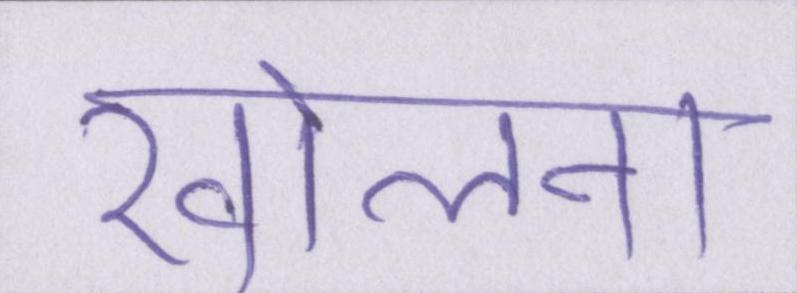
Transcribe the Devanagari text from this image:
खोलना